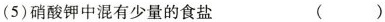
(5)硝酸钾中混有少量的食盐 ( )